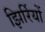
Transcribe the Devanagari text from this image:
झिर्रियों